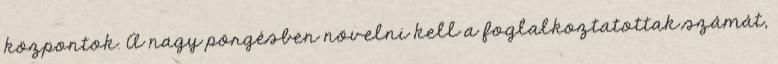
központok. A nagy pörgésben növelni kell a foglalkoztatottak számát,